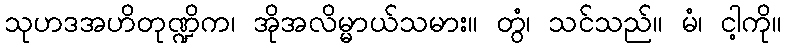
သုဟဒအဟိတုဏ္ဍိက၊ အိုအလိမ္မာယ်သမား။ တွံ၊ သင်သည်။ မံ၊ ငါ့ကို။